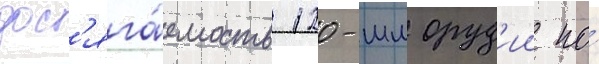
дос'яга́емость 120-мм оруд'ии по́